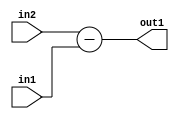
`timescale 1ps / 1ps
/*****************************************************************************
    Verilog RTL Description
    
    
    Created by: Stratus DpOpt 2019.1.01 
*******************************************************************************/

module in_buff_Sub_3Ux1U_3S_4_1 (
	in2,
	in1,
	out1
	); /* architecture "behavioural" */ 
input [2:0] in2;
input  in1;
output [2:0] out1;
wire [2:0] asc001;

assign asc001 = 
	+(in2)
	-(in1);

assign out1 = asc001;
endmodule

/* CADENCE  ubDzQg0= : u9/ySgnWtBlWxVPRXgAZ4Og= ** DO NOT EDIT THIS LINE ******/